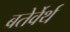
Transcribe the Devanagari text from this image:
बतेर्वेर्थ